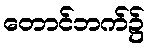
တောင်ဘက်၌